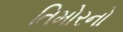
તિમોરનો